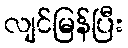
လျင်မြန်ပြီး